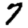
Digit: 7